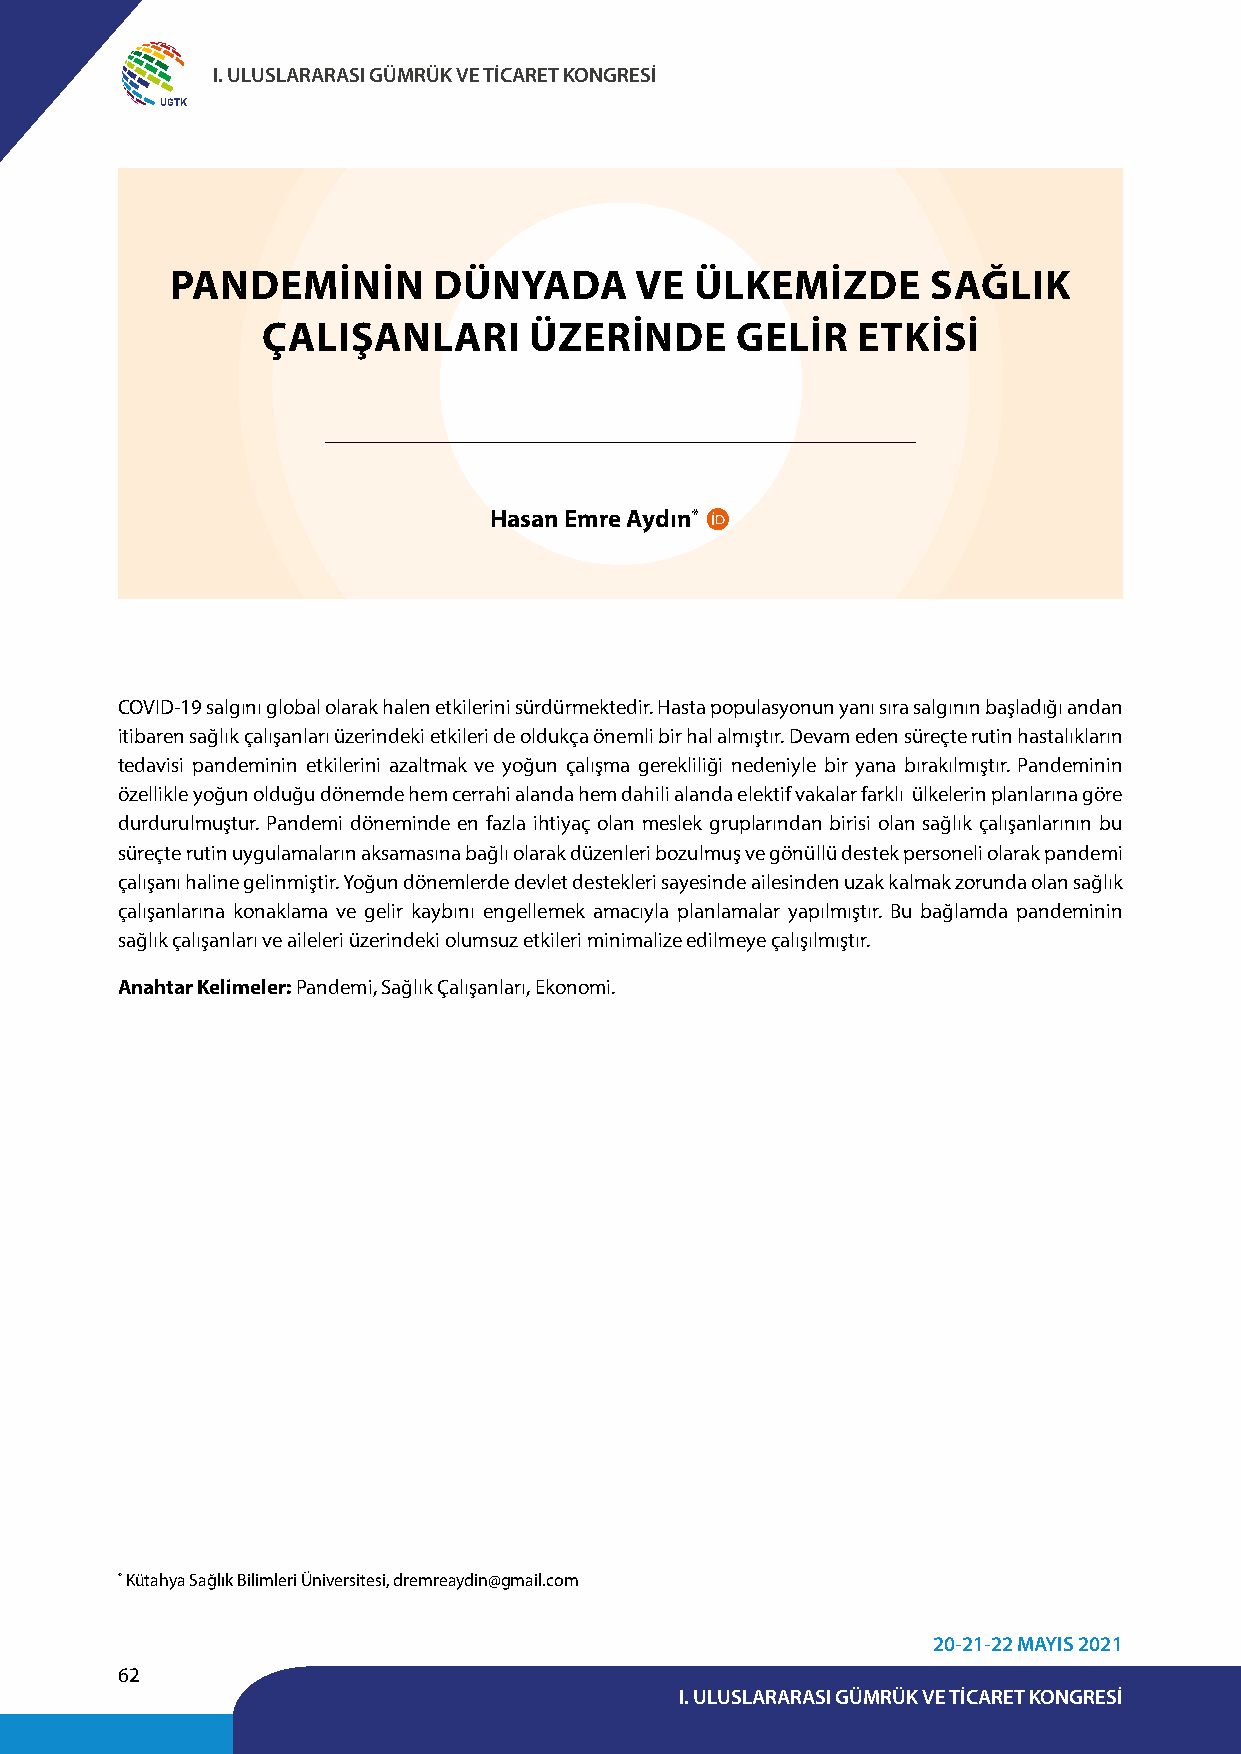
I. ULUSLARARASI GÜMRÜK VE TİCARET KONGRESİ
 UGTK
 PANDEMİNİN        DÜNYADA      VE  ÜLKEMİZDE       SAĞLIK
 ÇALIŞANLARI       ÜZERİNDE      GELİR   ETKİSİ
 Hasan Emre Aydın*
 COVID-19 salgını global olarak halen etkilerini sürdürmektedir. Hasta populasyonun yanı sıra salgının başladığı andan
 itibaren sağlık çalışanları üzerindeki etkileri de oldukça önemli bir hal almıştır. Devam eden süreçte rutin hastalıkların
 tedavisi pandeminin etkilerini azaltmak ve yoğun çalışma gerekliliği nedeniyle bir yana bırakılmıştır. Pandeminin
 özellikle yoğun olduğu dönemde hem cerrahi alanda hem dahili alanda elektif vakalar farklı ülkelerin planlarına göre
 durdurulmuştur. Pandemi döneminde en fazla ihtiyaç olan meslek gruplarından birisi olan sağlık çalışanlarının bu
 süreçte rutin uygulamaların aksamasına bağlı olarak düzenleri bozulmuş ve gönüllü destek personeli olarak pandemi
 çalışanı haline gelinmiştir. Yoğun dönemlerde devlet destekleri sayesinde ailesinden uzak kalmak zorunda olan sağlık
 çalışanlarına konaklama ve gelir kaybını engellemek amacıyla planlamalar yapılmıştır. Bu bağlamda pandeminin
 sağlık çalışanları ve aileleri üzerindeki olumsuz etkileri minimalize edilmeye çalışılmıştır.
 Anahtar Kelimeler: Pandemi, Sağlık Çalışanları, Ekonomi.
 * Kütahya Sağlık Bilimleri Üniversitesi, dremreaydin@gmail.com
 20-21-22 MAYIS 2021
 62
 I. ULUSLARARASI GÜMRÜK VE TİCARET KONGRESİ